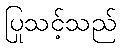
ပြုသင့်သည်